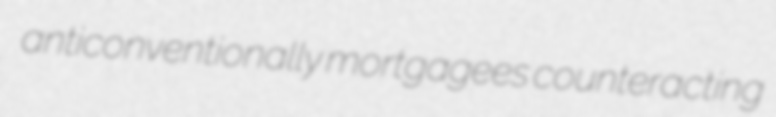
anticonventionally mortgagees counteracting